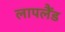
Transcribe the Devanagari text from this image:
लापलैंड